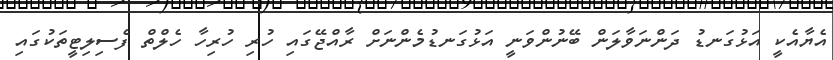
އެޔާއެކީ އަޅުގަނޑު ދަންނަވާލަން ބޭނުންވަނީ އަޅުގަނޑުމެންނަށް ރާއްޖޭގައި ހުރި ހުރިހާ ހެލްތް ފެސިލިޓީތަކުގައި